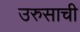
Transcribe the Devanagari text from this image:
उरुसाची